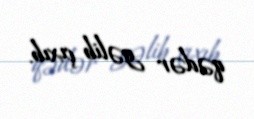
qədər gəlib çıxıb.